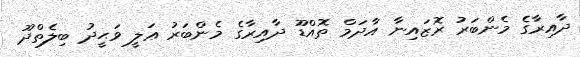
ދާއިރާގެ މެންބަރު ރޮޒައިނާ އާދަމް ތޮއްޑޫ ދާއިރާގެ މެންބަރު ޢަލީ ވަޙީދު ބިލެތްދޫ